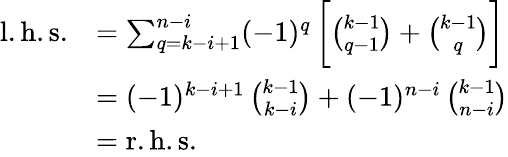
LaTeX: \begin{array}{rl}{\mathrm{l.h.s.}}&{=\sum_{q=k-i+1}^{n-i}(-1)^{q}\, \biggl[\binom{k-1}{q-1}+\binom{k-1}{q}\biggr]}\\ &{=(-1)^{k-i+1}\, \binom{k-1}{k-i}+(-1)^{n-i}\, \binom{k-1}{n-i}}\\ &{=\mathrm{r.h.s.}}\end{array}